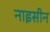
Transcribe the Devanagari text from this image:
नाइसीन